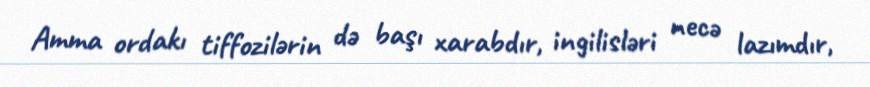
Amma ordakı tiffozilərin də başı xarabdır, ingilisləri necə lazımdır,